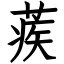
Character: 蒺